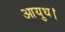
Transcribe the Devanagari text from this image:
आयुध।